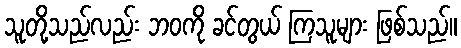
သူတို့သည်လည်း ဘဝကို ခင်တွယ် ကြသူများ ဖြစ်သည်။